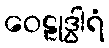
ဝေဠုဒွါရံ